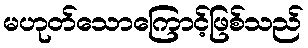
မဟုတ်သောကြောင့်ဖြစ်သည်